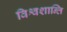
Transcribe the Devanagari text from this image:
विश्वशान्ति